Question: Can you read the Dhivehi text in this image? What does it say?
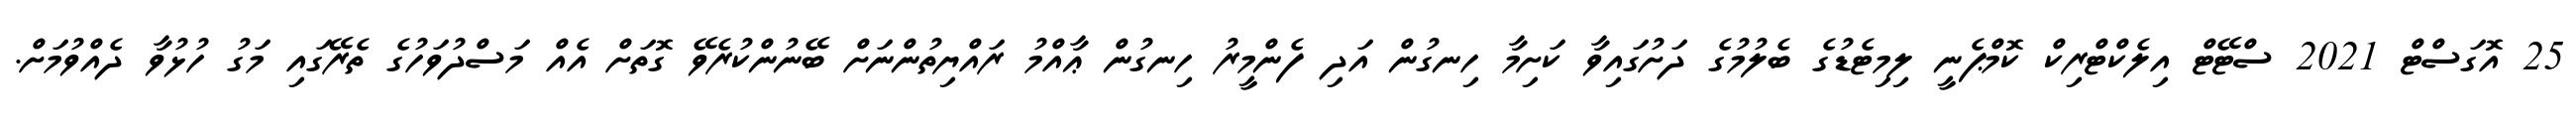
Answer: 25 އޮގަސްޓް 2021 ސްޓޭޓް އިލެކްޓްރިކް ކޮމްޕެނީ ލިމިޓެޑުގެ ބެލުމުގެ ދަށުގައިވާ ކަށިމާ ހިނގުން އަދި ފެންމީރު ހިނގުން ޢާއްމު ރައްޔިތުންނަށް ބޭނުންކުރެވޭ ގޮތަށް އެއް މަސްދުވަހުގެ ތެރޭގައި މަގު ހުޅުވާ ދެއްވުމަށް.